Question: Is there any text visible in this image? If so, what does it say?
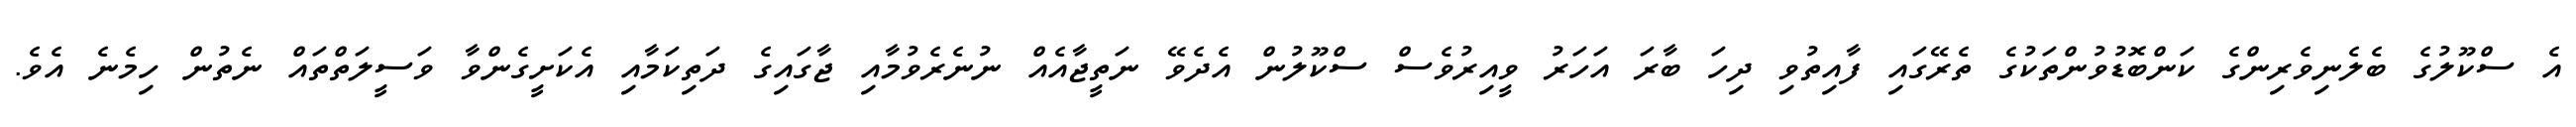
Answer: އެ ސްކޫލުގެ ބެލެނިވެރިންގެ ކަންބޮޑުވުންތަކުގެ ތެރޭގައި ފާއިތުވި ދިހަ ބާރަ އަހަރު ވީއިރުވެސް ސްކޫލުން އެދެވޭ ނަތީޖާއެއް ނުނެރެވުމާއި ޖާގައިގެ ދަތިކަމާއި އެކަށީގެންވާ ވަސީލަތްތައް ނެތުން ހިމެނެ އެވެ.